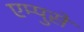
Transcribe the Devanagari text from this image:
एम्पुसे